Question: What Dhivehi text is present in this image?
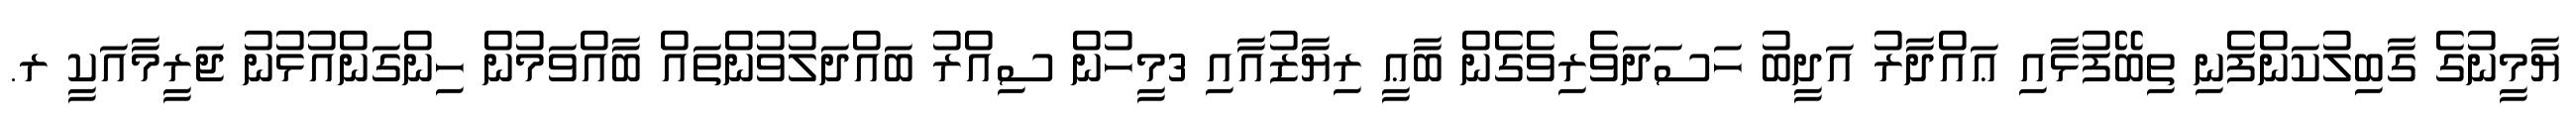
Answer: ޔާމީނުގެ ގާބިލުކަންފެނި ތިބޭފުޅާއި ޢައްދާރު އަދީބު ހަސަދަވެރިވެގެން ބާޢީ ރިޔާޒުއާއި 3މީހުން ސިއްރު ބައްދަލުވުންތައް ބާއްވަމުން ހިންގަންއުޅުނު ޖަރީމާއަކީ ރ.